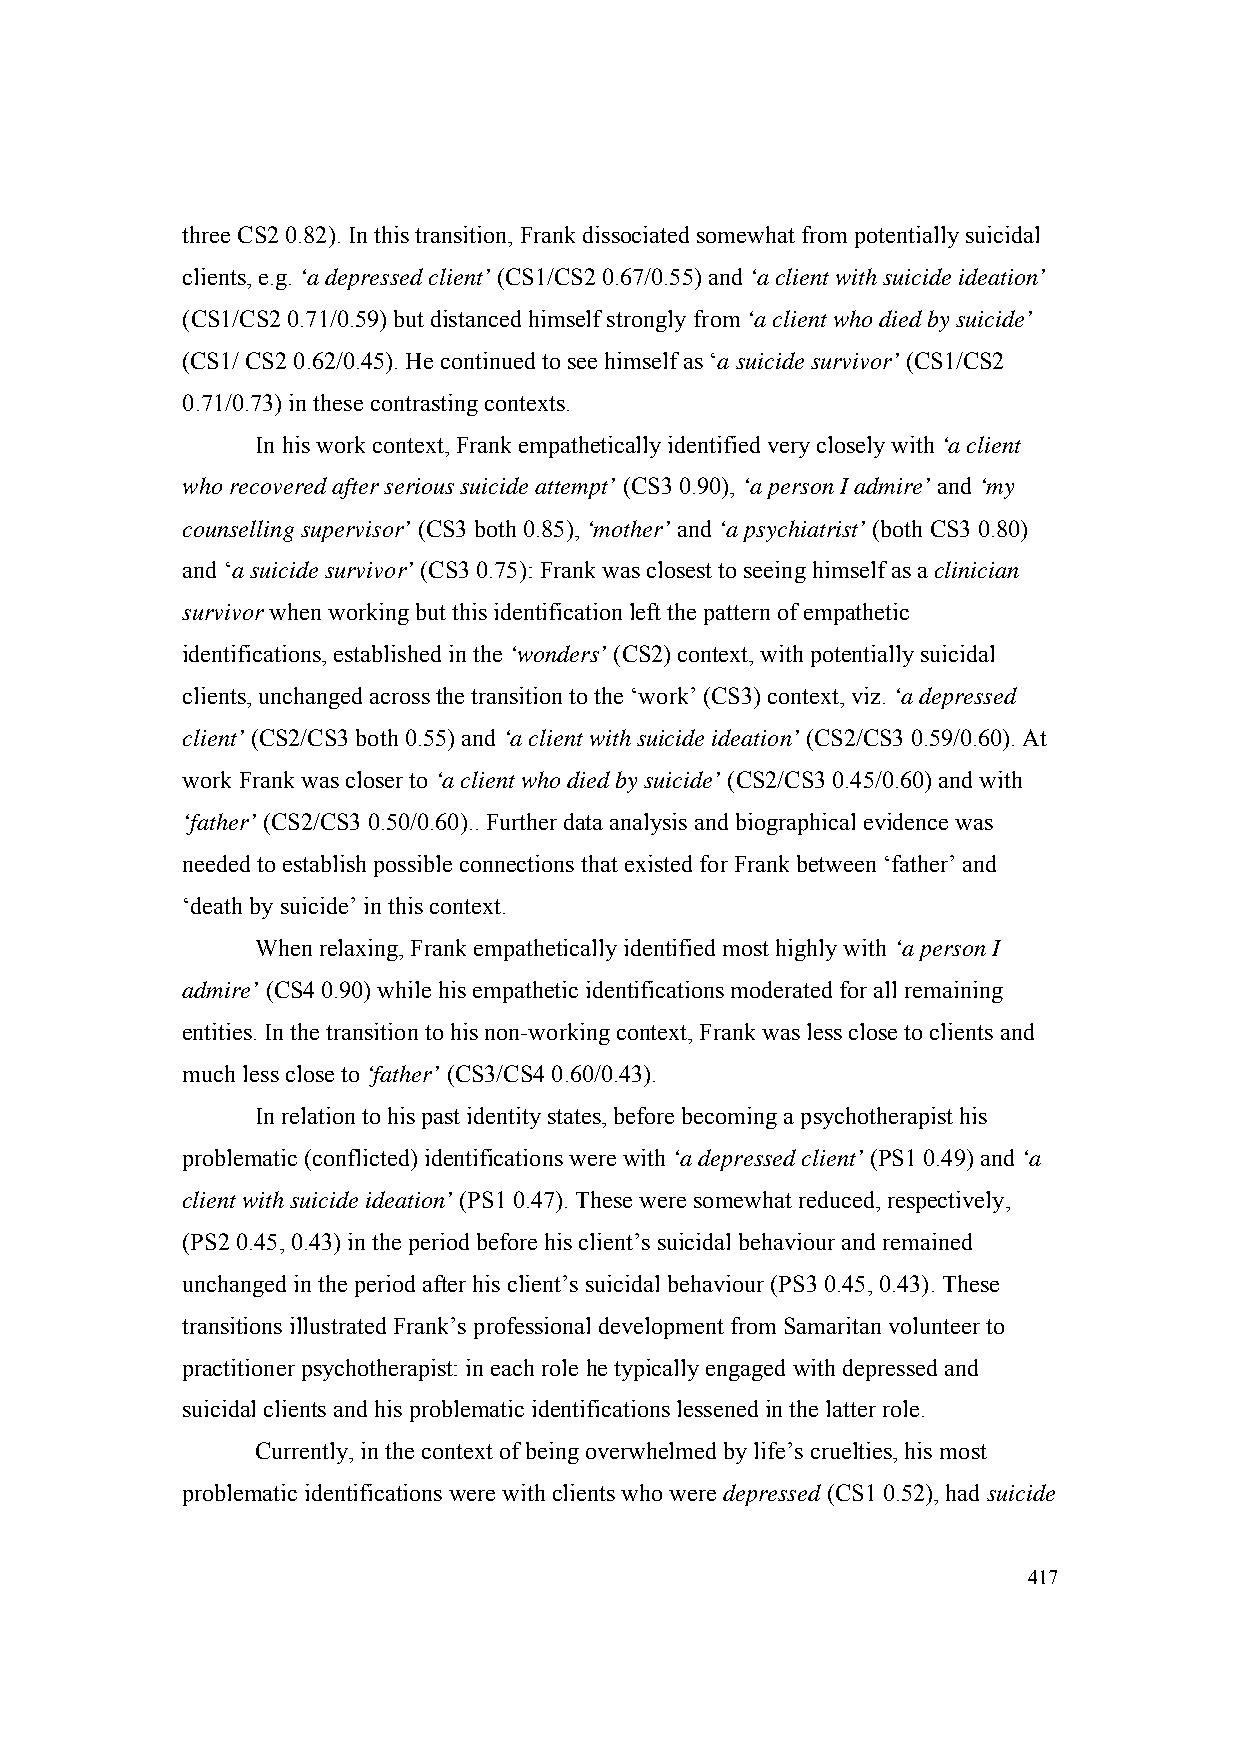
three CS2 0.82). In this transition, Frank dissociated somewhat from potentially suicidal
 clients, e.g. ‘a depressed client’ (CS1/CS2 0.67/0.55) and ‘a client with suicide ideation’
 (CS1/CS2 0.71/0.59) but distanced himself strongly from ‘a client who died by suicide’
 (CS1/ CS2 0.62/0.45). He continued to see himself as ‘a suicide survivor’ (CS1/CS2
 0.71/0.73) in these contrasting contexts.
 In his work context, Frank empathetically identified very closely with ‘a client
 who recovered after serious suicide attempt’ (CS3 0.90), ‘a person I admire’ and ‘my
 counselling supervisor’ (CS3 both 0.85), ‘mother’ and ‘a psychiatrist’ (both CS3 0.80)
 and ‘a suicide survivor’ (CS3 0.75): Frank was closest to seeing himself as a clinician
 survivor when working but this identification left the pattern of empathetic
 identifications, established in the ‘wonders’ (CS2) context, with potentially suicidal
 clients, unchanged across the transition to the ‘work’ (CS3) context, viz. ‘a depressed
 client’ (CS2/CS3 both 0.55) and ‘a client with suicide ideation’ (CS2/CS3 0.59/0.60). At
 work Frank was closer to ‘a client who died by suicide’ (CS2/CS3 0.45/0.60) and with
 ‘father’ (CS2/CS3 0.50/0.60).. Further data analysis and biographical evidence was
 needed to establish possible connections that existed for Frank between ‘father’ and
 ‘death by suicide’ in this context.
 When relaxing, Frank empathetically identified most highly with ‘a person I
 admire’ (CS4 0.90) while his empathetic identifications moderated for all remaining
 entities. In the transition to his non-working context, Frank was less close to clients and
 much less close to ‘father’ (CS3/CS4 0.60/0.43).
 In relation to his past identity states, before becoming a psychotherapist his
 problematic (conflicted) identifications were with ‘a depressed client’ (PS1 0.49) and ‘a
 client with suicide ideation’ (PS1 0.47). These were somewhat reduced, respectively,
 (PS2 0.45, 0.43) in the period before his client’s suicidal behaviour and remained
 unchanged in the period after his client’s suicidal behaviour (PS3 0.45, 0.43). These
 transitions illustrated Frank’s professional development from Samaritan volunteer to
 practitioner psychotherapist: in each role he typically engaged with depressed and
 suicidal clients and his problematic identifications lessened in the latter role.
 Currently, in the context of being overwhelmed by life’s cruelties, his most
 problematic identifications were with clients who were depressed (CS1 0.52), had suicide
 417